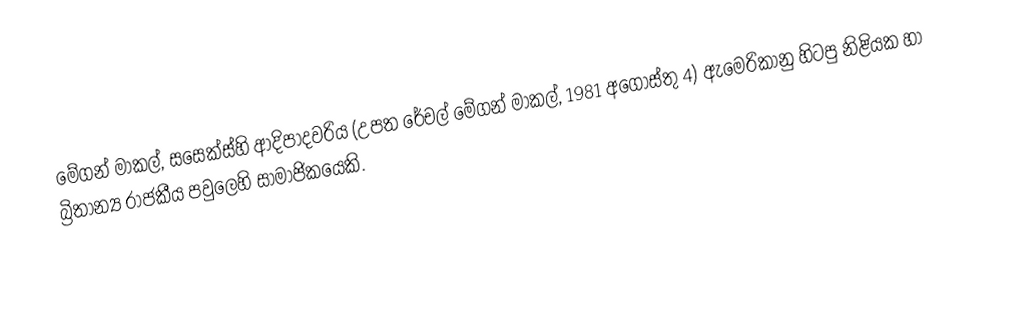
මේගන් මාකල්, සසෙක්ස්හි ආදිපාදවරිය (උපත රේචල් මේගන් මාකල්, 1981 අගෝස්තු 4) ඇමෙරිකානු හිටපු නිළියක හා බ්‍රිතාන්‍ය රාජකීය පවුලෙහි සාමාජිකයෙකි.